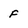
Character: f